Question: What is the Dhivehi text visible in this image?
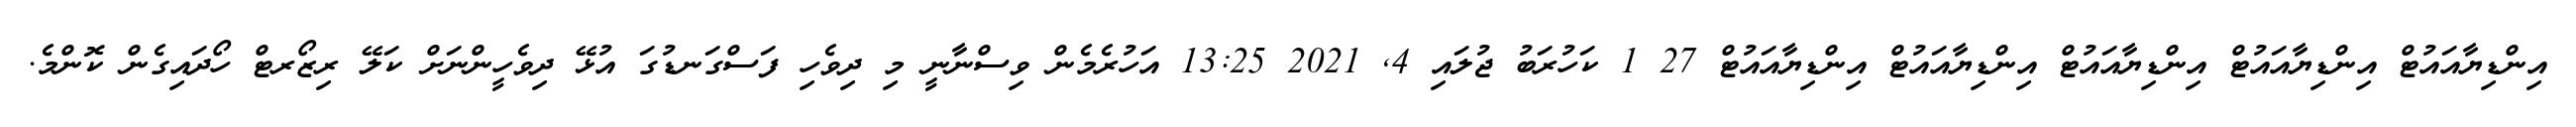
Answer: އިންޑިޔާއައުޓް އިންޑިޔާއައުޓް އިންޑިޔާއައުޓް އިންޑިޔާއައުޓް އިންޑިޔާއައުޓް 27 1 ކަހުރަބު ޖުލައި 4, 2021 13:25 އަހުރެމެން ވިސްނާނީ މި ދިވެހި ފަސްގަނޑުގަ އުޅޭ ދިވެހީންނަށް ކަލޭ ރިޒޯރޓް ހޯދައިގެން ކޮންމެ.